Report of the Indian Hemp Drugs Commission, 1894-1895 - Volume IV
Year: 1894
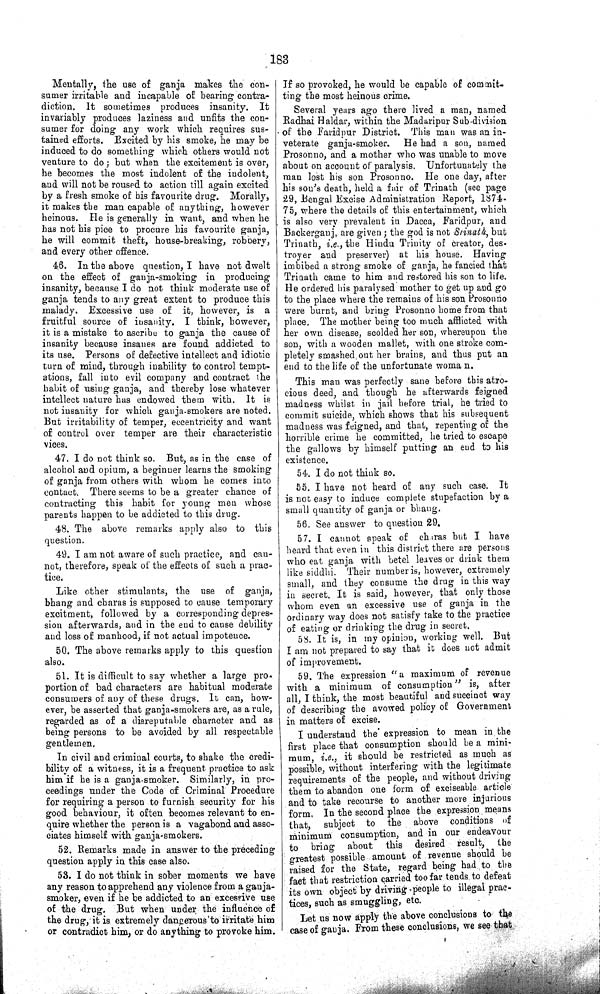
183
Mentally, the use of ganja makes the con-
sumer irritable and incapable of bearing contra¬
diction. It sometimes produces insanity. It
invariably produces laziness and unfits the con¬
sumer for doing any work which requires sus¬
tained efforts. Excited by his smoke, he may be
induced to do something which others would not
venture to do; but when the excitement is over,
he becomes the most indolent of the indolent,
and will not be roused to action till again excited
by a fresh smoke of his favourite drug. Morally,
it makes the man capable of anything, however
heinous. He is generally in want, and when he
has not his pice to procure his favourite ganja,
he will commit theft, house-breaking, robbery,
and every other offence.
46. In the above question, I have not dwelt
on the effect of ganja-smoking in producing
insanity, because I do not think moderate use of
ganja tends to any great extent to produce this
malady. Excessive use of it, however, is a
fruitful source of insanity. I think, however,
it is a mistake to ascribe to ganja the cause of
insanity because insanes are found addicted to
its use. Persons of defective intellect and idiotic
turn of mind, through inability to control tempt¬
ations, fall into evil company and contract the
habit of using ganja, and thereby lose whatever
intellect nature has endowed them with. It is
not insanity for which ganja-smokers are noted.
But irritability of temper, eccentricity and want
of control over temper are their characteristic
vices.
47. I do not think so. But, as in the case of
alcohol and opium, a beginner learns the smoking
of ganja from others with whom he comes into
contact. There seems to be a greater chance of
contracting this habit for young men whose
parents happen to be addicted to this drug.
48. The above remarks apply also to this
question.
49. I am not aware of such practice, and can-
not, therefore, speak of the effects of such a prac¬
tice.
Like other stimulants, the use of ganja,
bhang and charas is supposed to cause temporary
excitment, followed by a corresponding depres¬
sion afterwards, and in the end to cause debility
and loss of manhood, if not actual impotence.
50. The above remarks apply to this question
also.
51. It is difficult to say whether a large pro-
portion of bad characters are habitual moderate
consumers of any of these drugs. It can, how¬
ever, be asserted that ganja-smokers are, as a rule,
regarded as of a disreputable character and as
being persons to be avoided by all respectable
gentlemen.
In civil and criminal courts, to shake the credi¬
bility of a witness, it is a frequent practice to ask
him if he is a ganja-smoker. Similarly, in pro¬
ceedings under the Code of Criminal Procedure
for requiring a person to furnish security for his
good behaviour, it often becomes relevant to en¬
quire whether the person is a vagabond and asso¬
ciates himself with ganja-smokers.
52. Remarks made in answer to the preceding
question apply in this case also.
53. I do not think in sober moments we have
any reason to apprehend any violence from a ganja-
smoker, even if he be addicted to an excessive use
of the drug. But when under the influence of
the drug, it is extremely dangerous to irritate him
or contradict him, or do anything to provoke him.
If so provoked, he would be capable of commit¬
ting the most heinous crime.
Several years ago there lived a man, named
Radhai Haldar, within the Madaripur Sub-division
of the Faridpur District. This man was an in¬
veterate ganja-smoker. He had a son, named
Prosonno, and a mother who was unable to move
about on account of paralysis. Unfortunately the
man lost his son Prosonno. He one day, after
his son's death, held a fair of Trinath (see page
29, Bengal Excise Administration Report, 1874-
75, where the details of this entertainment, which
is also very prevalent in Dacca, Faridpur, and
Backerganj, are given; the god is not Srinath, but
Trinath, i.e., the Hindu Trinity of creator, des¬
troyer and preserver) at his house. Having
imbibed a strong smoke of ganja, he fancied that
Trinath came to him and restored his son to life.
He ordered his paralysed mother to get up and go
to the place where the remains of his son Prosonno
were burnt, and bring Prosonno home from that
place. The mother being too much afflicted with
her own disease, scolded her son, whereupon the
son, with a wooden mallet, with one stroke com¬
pletely smashed out her brains, and thus put an
end to the life of the unfortunate woma n.
This man was perfectly sane before this atro¬
cious deed, and though he afterwards feigned
madness whilst in jail before trial, he tried to
commit suicide, which shows that his subsequent
madness was feigned, and that, repenting of the
horrible crime he committed, he tried to escape
the gallows by himself putting an end to his
existence.
54. I do not think so.
55. I have not heard of any such case. It
is not easy to induce complete stupefaction by a
small quantity of ganja or bhang.
56. See answer to question 29.
57. I cannot speak of charas but I have
heard that even in this district there are persons
who eat ganja with betel leaves or drink them
like siddhi. Their number is, however, extremely
small, and they consume the drug in this way
in secret. It is said, however, that only those
whom even an excessive use of ganja in the
ordinary way does not satisfy take to the practice
of eating or drinking the drug in secret.
58. It is, in my opinion, working well. But
I am not prepared to say that it does not admit
of improvement.
59. The expression "a maximum of revenue
with a minimum of consumption" is, after
all, I think, the most beautiful and succinct way
of describing the avowed policy of Government
in matters of excise.
I understand the' expression to mean in the
first place that consumption should be a mini¬
mum, i.e., it should be restricted as much as
possible, without interfering with the legitimate
requirements of the people, and without driving
them to abandon one form of exciseable article
and to take recourse to another more injurious
form, In the second place the expression means
that, subject to the above conditions of
minimum consumption, and in our endeavour
to bring about this desired result, the
greatest possible amount of revenue should be
raised for the State, regard being had to the
fact that restriction carried too far tends to defeat
its own object by driving people to illegal prac¬
tices, such as smuggling, etc.
Let us now apply the above conclusions to the
case of ganja. From these conclusions, we see that